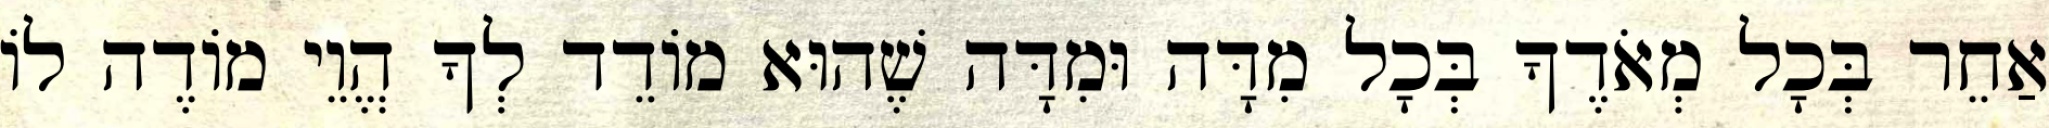
אַחֵר בְּכָל מְאֹדֶךָ בְּכָל מִדָּה וּמִדָּה שֶׁהוּא מוֹדֵד לְךָ הֱוֵי מוֹדֶה לוֹ